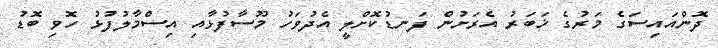
ދޮންއައިސަގެ މަރުގެ ޚަބަރު އެރަށުން ފަނޑުކޮށްލީ އެދުވަހު މޫސާފުޅާއި އިސްމާލުފުޅު ހޮވި ބޮޑު